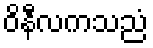
ဝိနီလကသညံ